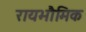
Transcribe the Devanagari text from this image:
रायभौमिक